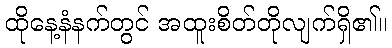
ထိုနေ့နံနက်တွင် အထူးစိတ်တိုလျက်ရှိ၏။